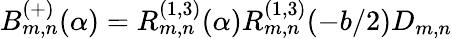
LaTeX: B_{m,n}^{(+)}(\alpha)=R_{m,n}^{(1,3)}(\alpha)R_{m,n}^{(1,3)}(-b/2)D_{m,n}